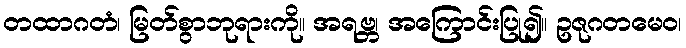
တထာဂတံ၊ မြတ်စွာဘုရားကို။ အရဗ္ဘ၊ အကြောင်းပြု၍။ ဥဇုဂတမေဝ၊